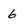
Character: 6